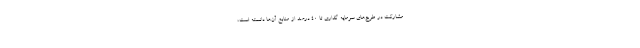
مشارکت در طرح‌های سرمایه گذاری تا ۴۰ درصد از منابع آن‌ها دانسته است،